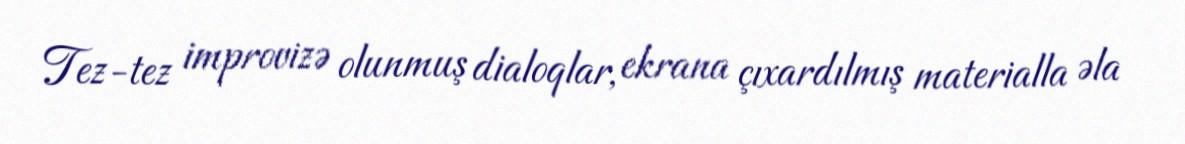
Tez-tez improvizə olunmuş dialoqlar, ekrana çıxardılmış materialla əla